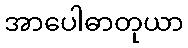
အာပေါဓာတုယာ